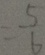
= \frac { 5 } { 6 }